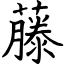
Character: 藤